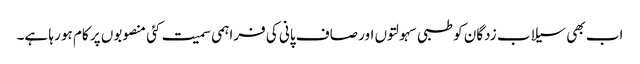
اب بھی سیلاب زدگان کو طبی سہولتوں اور صاف پانی کی فراہمی سمیت کئی منصوبوں پر کام ہو رہا ہے۔